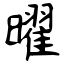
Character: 曜